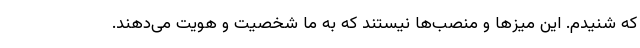
که شنیدم. این میزها و منصب‌ها نیستند که به ما شخصیت و هویت می‌دهند.